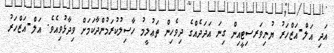
އަދި އަލް-އަޒްހަރު ޔުނިވަރސިޓީއިން ގިނަ އަދަދެއްގެ ދިވެހިން ތަޢުލީމު ހާސިލުކުރަމުންދާކަމަށް ވިދާޅުވިއެވެ. އަލް-އަޒްހަރު